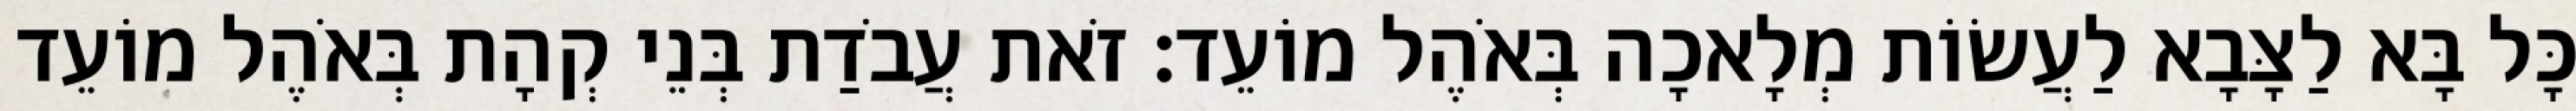
כָּל בָּא לַצָּבָא לַעֲשׂוֹת מְלָאכָה בְּאֹהֶל מוֹעֵד׃ זֹאת עֲבֹדַת בְּנֵי קְהָת בְּאֹהֶל מוֹעֵד